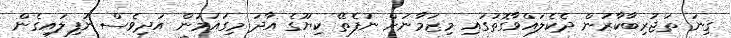
ގިނަ ތަޖުރިބާކާރުން ދެކެލައްވާގޮތުގައި މިޒަމާނަށް ނުފެތޭ ކިޔޫގެ އާދަ މިގައުމުން އަދިވެސް ނުފިލައިގެން